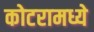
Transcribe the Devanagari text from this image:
कोटरामध्ये